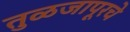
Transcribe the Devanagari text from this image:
तुळजापूरचे